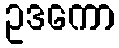
ဥဒကော